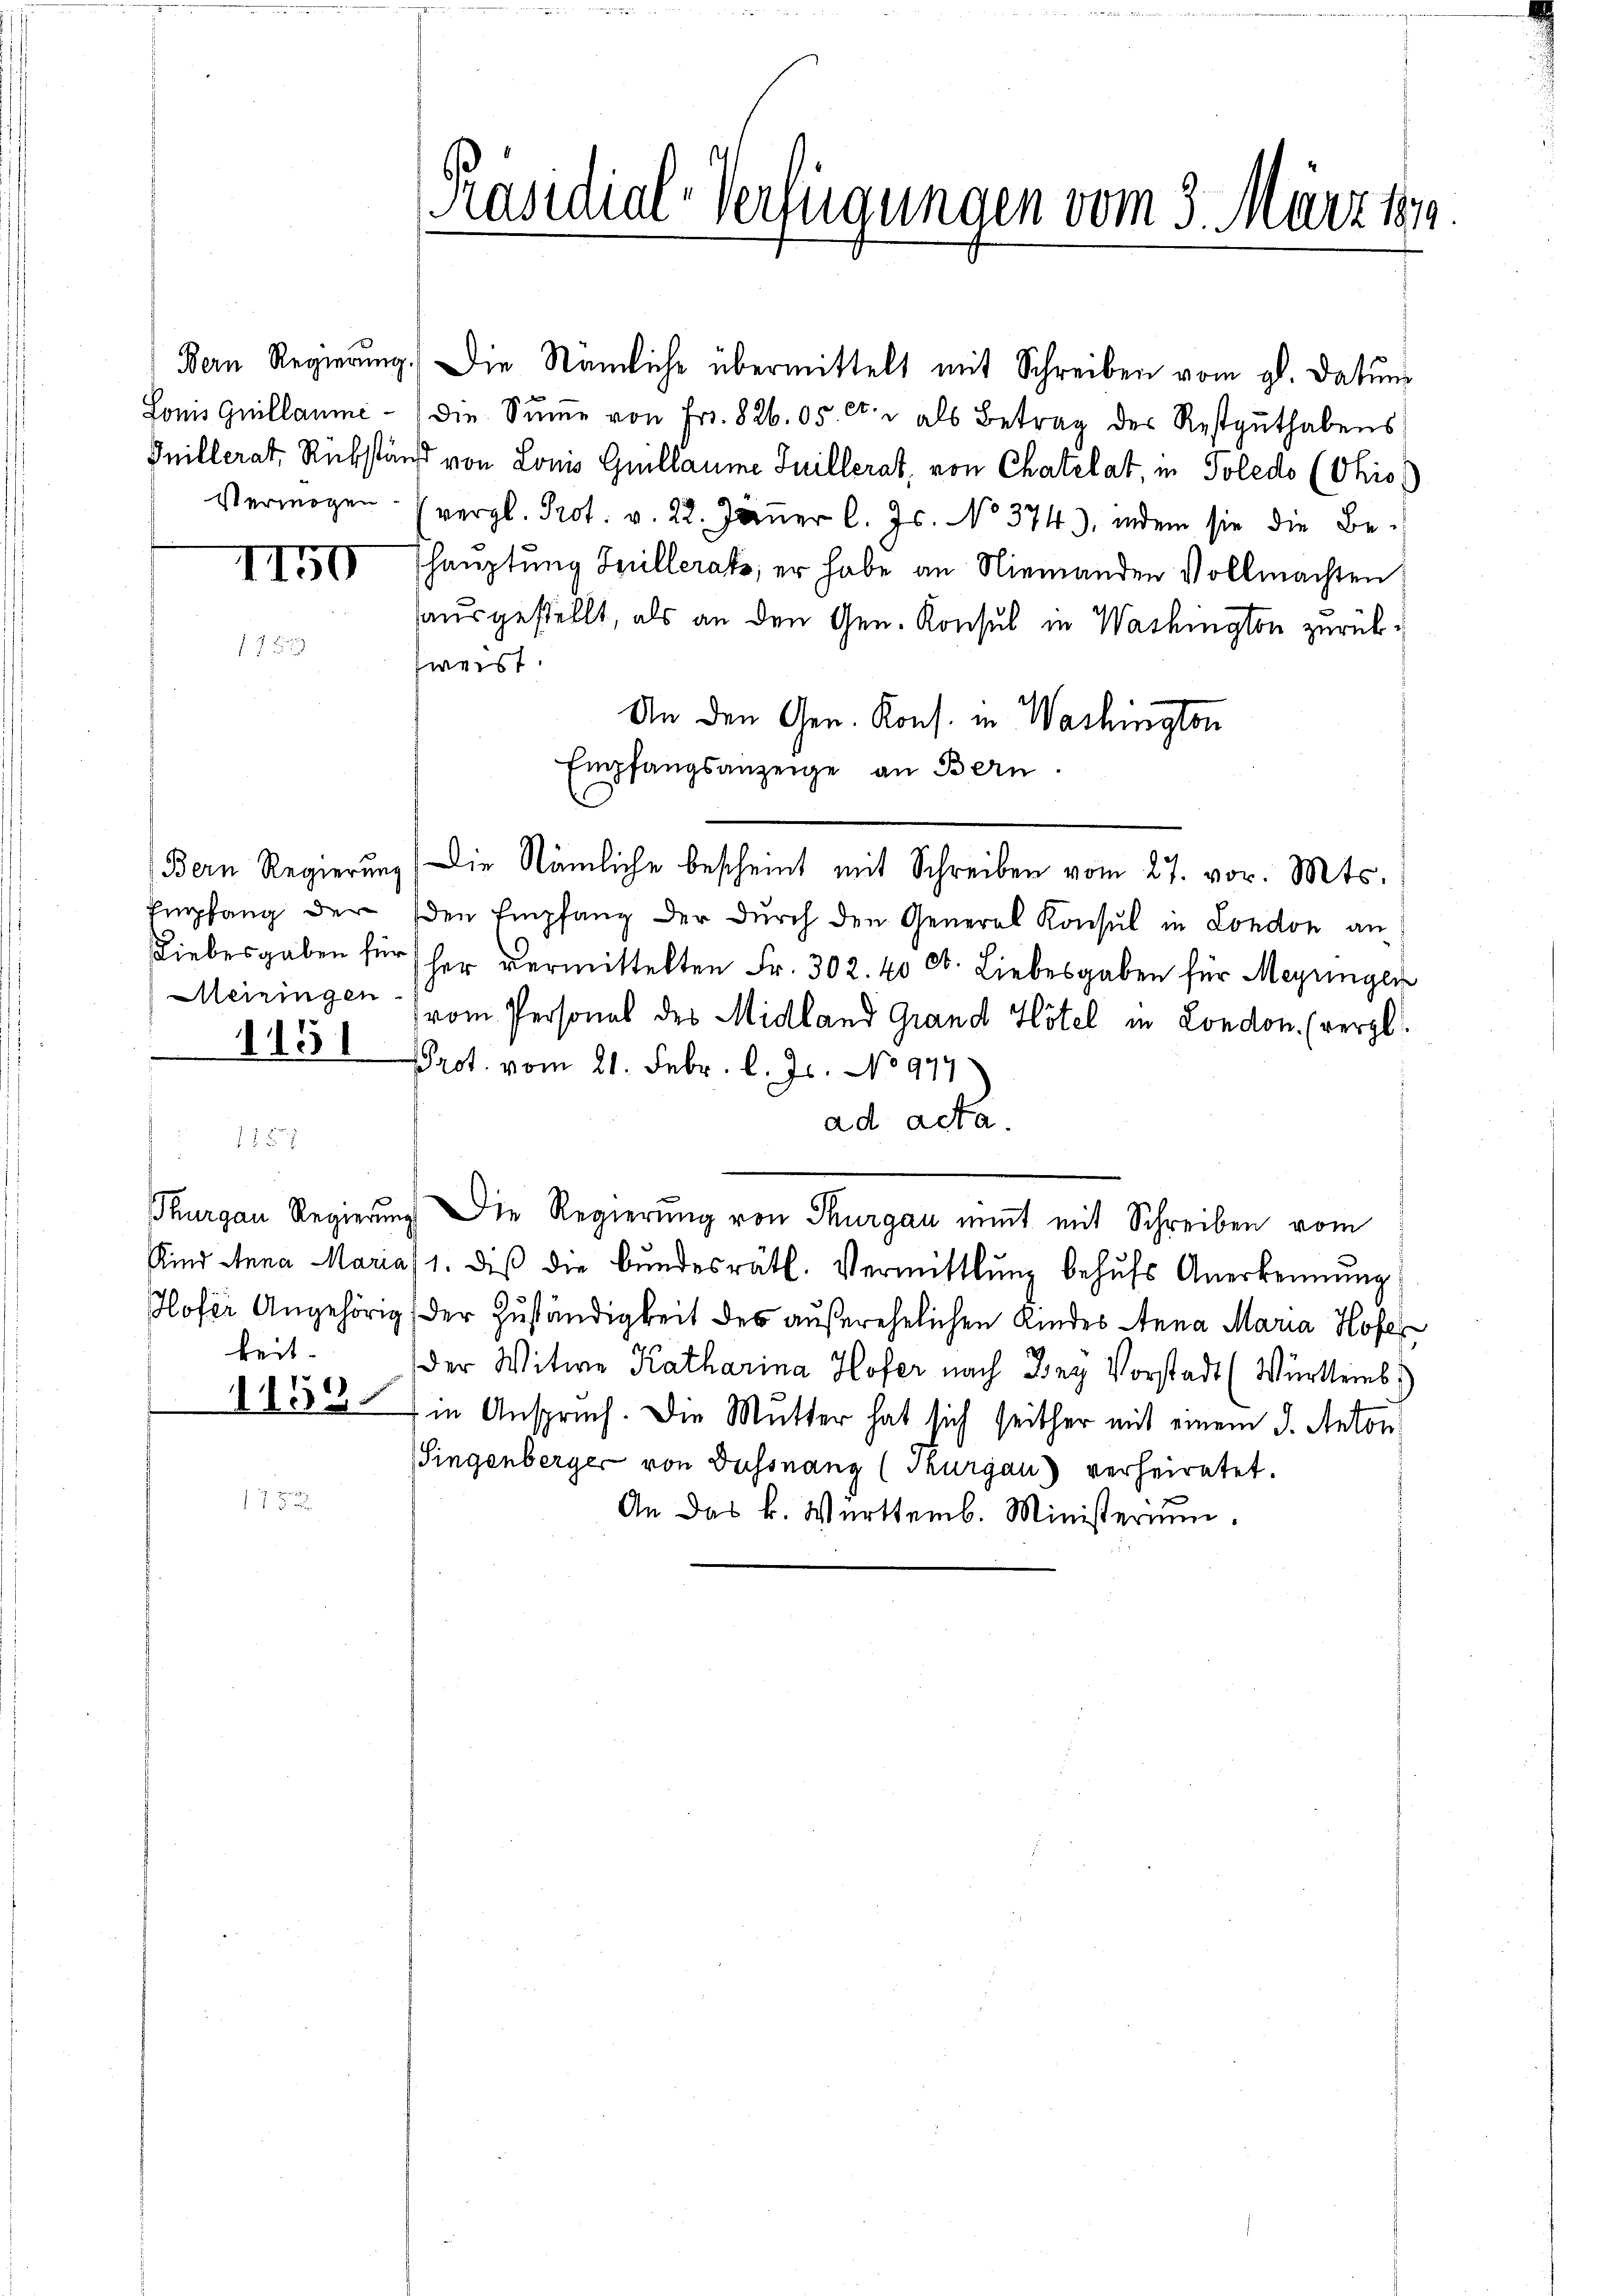
115

keit.

Bern Regierŭng. Die Nämliche übermittelt mit Schreiben vom gl. datum
Sonis Guillaume - die Sŭṁe von Fr. 826. 05. et. u. als Betrag des Restguthabens
Inillerat, Rükstand von Lonis Guillaume Juillerat, von Chatelat, in Poledo (Ohio)
Vermögen. (vergl. Prot. v. 22. Jäṅer l. Js. No 374), indem sie die Be-
II550 haŭptŭng Spillerats, er habe an Niemanden Vollmachten
ausgestellt, als an den Gen. Konsul in Washington zurückfweist.
An den Gen. Kons. in Washington
Empfangsanzeige an Bern.
Bern Regierŭng (Die Nämliche bescheint mit Schreiben vom 27. vor. Mts.
Empfang der den Empfang der durch den General Konsul in London an
Liebesgaben für her vermittelten Fr. 302. 40 Ct. Liebesgaben für Meyringer
Meiningen (vom Personal des Midland Grand Hotel in London. (vergl.
Prot. vom 21. Febr. l. Js. No 994
1
ad acta.
Thurgau Regierung die Regierung von Thurgau nimmt mit Schreiben vom
Kind Anna Maria (1. diβ die Bŭndesräth. Vermittlung behŭfs Anerkennung
Hofer Angehörig der Zuständigkeit des außerehelichen Kindes Anna Maria Hofes
der Witwe Katharina Hofer nach Bey Vorstadt (Württemb.)
1832 in Anspruch. Die Mutter hat sich seither mit einem J. Anton
Singenberger von Dussnang (Thurgau) verheiratet.
An das k. Württemb. Ministerium.

Präsidial-Verfügungen vom 3. März 189.